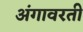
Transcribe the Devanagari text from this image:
अंगावरती